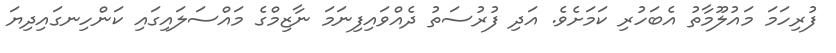
ފުރިހަމަ މައުލޫމާތު އެބަހުރި ކަމަށެވެ. އަދި ފުރުސަތު ދެއްވައިފިނަމަ ނާޒިމްގެ މައްސަލައިގައި ކަންހިނގައިދިޔަ